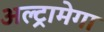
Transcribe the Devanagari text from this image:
अल्ट्रामेगा